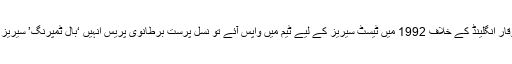
جب وقار انگلینڈ کے خلاف 1992 میں ٹیسٹ سیریز کے لیے ٹیم میں واپس آئے تو نسل پرست برطانوی پریس انہیں ‘بال ٹمپرنگ’ سیریز لکھتا۔